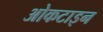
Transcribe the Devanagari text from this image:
ओकटाइन